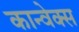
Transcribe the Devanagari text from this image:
कान्वेक्स